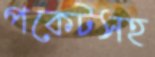
পকেটসহ